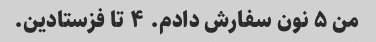
من ۵ نون سفارش دادم. ۴ تا فزستادین.